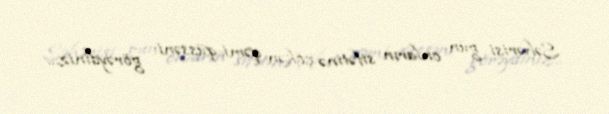
Səhərisi gün onların sifətinə çökən qəmi-qüssəni görəydiniz...